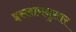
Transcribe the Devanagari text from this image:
इस्लामनुसार